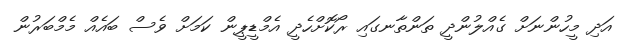
އަދި މީހުންނަށް ގެއްލުންދީ ތަންތާނގައި ރޯކޮށްހެދީ އެމްޑީޕީން ކަމަށް ވެސް ބައެއް މެމްބަރުން